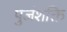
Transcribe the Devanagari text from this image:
पुजंशक्ति